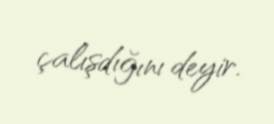
çalışdığını deyir.